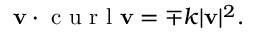
\mathbf { v } \cdot \textrm { c u r l } \mathbf { v } = \mp k | \mathbf { v } | ^ { 2 } .